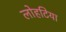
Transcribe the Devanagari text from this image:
लोहटिया